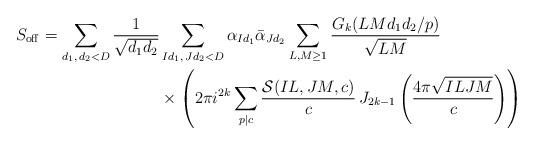
LaTeX: \begin{align*} S_{\mathrm{off}}=\sum_{d_1,\,d_2<D}\frac{1}{\sqrt{d_1d_2}} &\sum_{Id_1, \,Jd_2<D}\alpha_{Id_1}\bar{\alpha}_{Jd_2}\sum_{L, M\geq 1}\frac{G_k(LMd_1d_2\slash p)}{\sqrt{LM}} \\ &\times\left(2 \pi i^{2k} \sum_{p|c}\frac{\mathcal{S}(IL, JM, c )}{c} \,J_{2k-1}\left(\frac{4\pi \sqrt{ILJM}}{c}\right)\right)\end{align*}